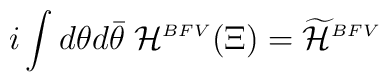
i\int d\theta d\bar{\theta}\; {\cal H}^{\scriptscriptstyle BFV}(\Xi)=\widetilde{\cal{H}}^{\scriptscriptstyle BFV}